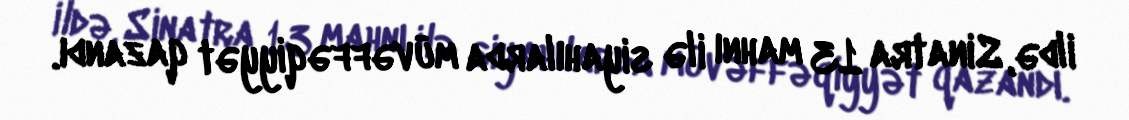
ildə, Sinatra 13 mahnı ilə siyahılarda müvəffəqiyyət qazandı.